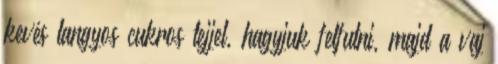
kevés langyos cukros tejjel, hagyjuk felfutni, majd a vaj